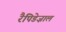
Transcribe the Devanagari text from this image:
रैपिडेज़ाल